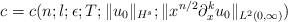
LaTeX: \begin{align*} c = c(n; l; \epsilon; T; \|u_0\|_{H^s}; \|x^{n/2}\partial_x^ku_0\|_{L^2(0,\infty)})\end{align*}